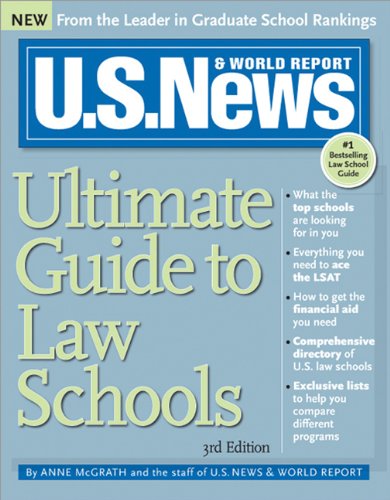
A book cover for U.S. News Ultimate Guide to Law Schools; Anne McGrath; Education & Teaching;